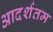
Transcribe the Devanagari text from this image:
आदर्शतम